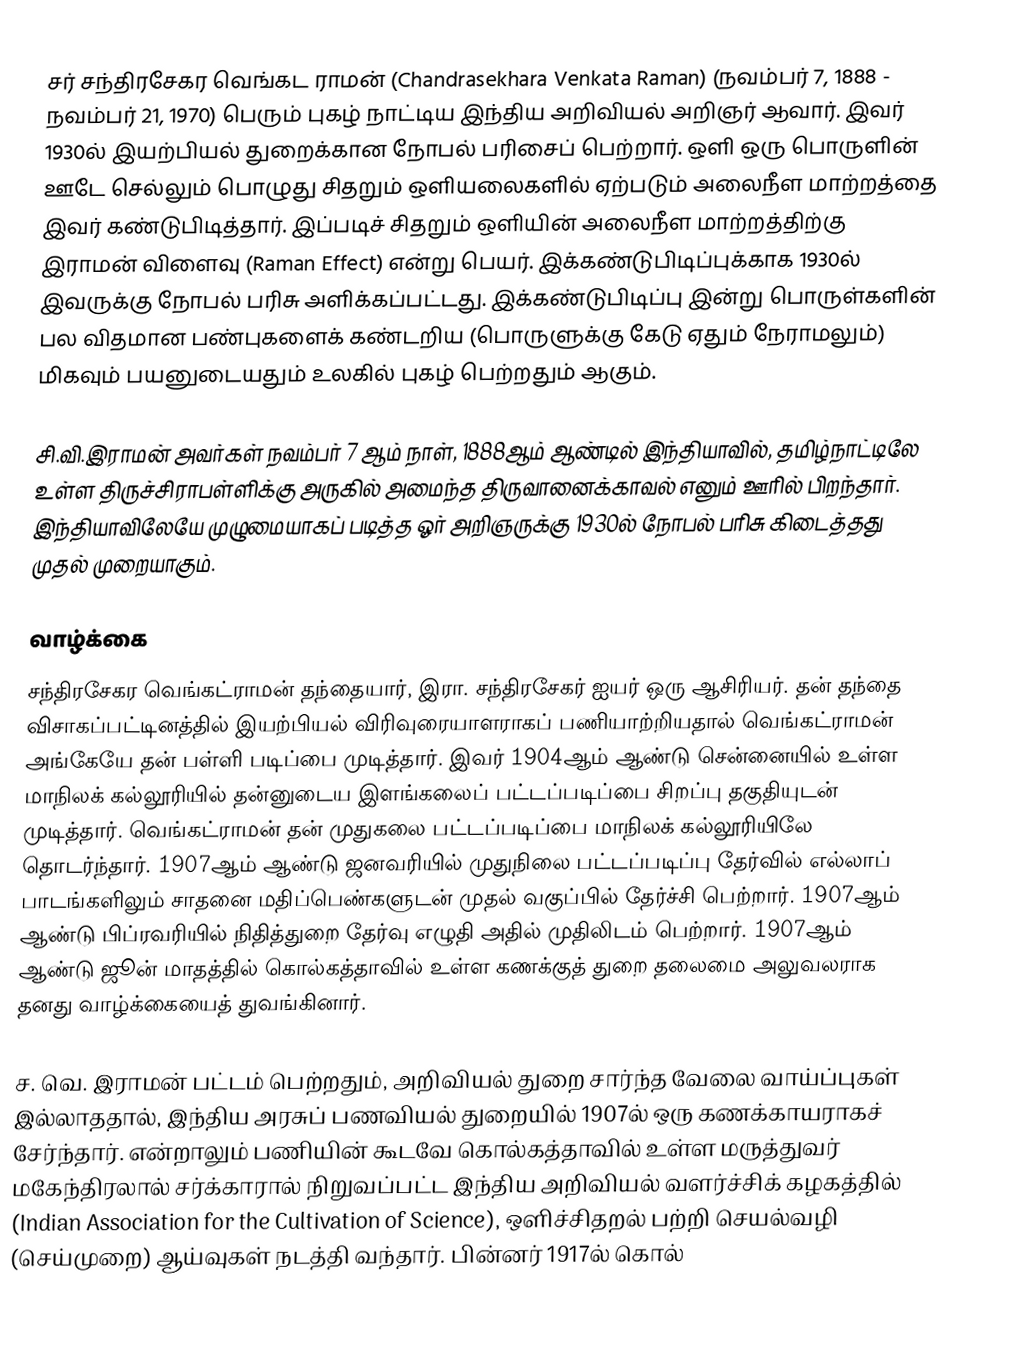
சர் சந்திரசேகர வெங்கட ராமன் (Chandrasekhara Venkata Raman) (நவம்பர் 7, 1888 - நவம்பர் 21, 1970) பெரும் புகழ் நாட்டிய இந்திய அறிவியல் அறிஞர் ஆவார். இவர் 1930ல் இயற்பியல் துறைக்கான நோபல் பரிசைப் பெற்றார். ஒளி ஒரு பொருளின் ஊடே செல்லும் பொழுது சிதறும் ஒளியலைகளில் ஏற்படும் அலைநீள மாற்றத்தை  இவர் கண்டுபிடித்தார். இப்படிச் சிதறும் ஒளியின் அலைநீள மாற்றத்திற்கு இராமன் விளைவு (Raman Effect) என்று பெயர். இக்கண்டுபிடிப்புக்காக 1930ல் இவருக்கு நோபல் பரிசு அளிக்கப்பட்டது. இக்கண்டுபிடிப்பு இன்று பொருள்களின் பல விதமான பண்புகளைக் கண்டறிய (பொருளுக்கு கேடு ஏதும் நேராமலும்) மிகவும் பயனுடையதும் உலகில் புகழ் பெற்றதும் ஆகும்.

சி.வி.இராமன் அவர்கள் நவம்பர் 7 ஆம் நாள், 1888ஆம் ஆண்டில் இந்தியாவில், தமிழ்நாட்டிலே உள்ள திருச்சிராபள்ளிக்கு அருகில் அமைந்த திருவானைக்காவல் எனும் ஊரில் பிறந்தார். இந்தியாவிலேயே முழுமையாகப் படித்த ஓர் அறிஞருக்கு 1930ல் நோபல் பரிசு கிடைத்தது முதல் முறையாகும்.

வாழ்க்கை
சந்திரசேகர வெங்கட்ராமன் தந்தையார், இரா. சந்திரசேகர் ஐயர் ஒரு ஆசிரியர். தன் தந்தை விசாகப்பட்டினத்தில் இயற்பியல் விரிவுரையாளராகப் பணியாற்றியதால் வெங்கட்ராமன் அங்கேயே தன் பள்ளி படிப்பை முடித்தார். இவர் 1904ஆம் ஆண்டு சென்னையில் உள்ள மாநிலக் கல்லூரியில் தன்னுடைய இளங்கலைப் பட்டப்படிப்பை சிறப்பு தகுதியுடன் முடித்தார். வெங்கட்ராமன் தன் முதுகலை பட்டப்படிப்பை மாநிலக் கல்லூரியிலே தொடர்ந்தார். 1907ஆம் ஆண்டு ஜனவரியில் முதுநிலை பட்டப்படிப்பு தேர்வில் எல்லாப் பாடங்களிலும் சாதனை மதிப்பெண்களுடன் முதல் வகுப்பில் தேர்ச்சி பெற்றார். 1907ஆம் ஆண்டு பிப்ரவரியில் நிதித்துறை தேர்வு எழுதி அதில் முதிலிடம் பெற்றார். 1907ஆம் ஆண்டு ஜூன் மாதத்தில் கொல்கத்தாவில் உள்ள கணக்குத்  துறை தலைமை அலுவலராக தனது வாழ்க்கையைத் துவங்கினார்.

ச. வெ. இராமன் பட்டம் பெற்றதும், அறிவியல் துறை சார்ந்த வேலை வாய்ப்புகள் இல்லாததால், இந்திய அரசுப் பணவியல் துறையில் 1907ல் ஒரு கணக்காயராகச் சேர்ந்தார். என்றாலும் பணியின் கூடவே கொல்கத்தாவில் உள்ள மருத்துவர் மகேந்திரலால் சர்க்காரால் நிறுவப்பட்ட இந்திய அறிவியல் வளர்ச்சிக் கழகத்தில் (Indian Association for the Cultivation of Science), ஒளிச்சிதறல் பற்றி செயல்வழி (செய்முறை) ஆய்வுகள் நடத்தி வந்தார். பின்னர் 1917ல் கொல்